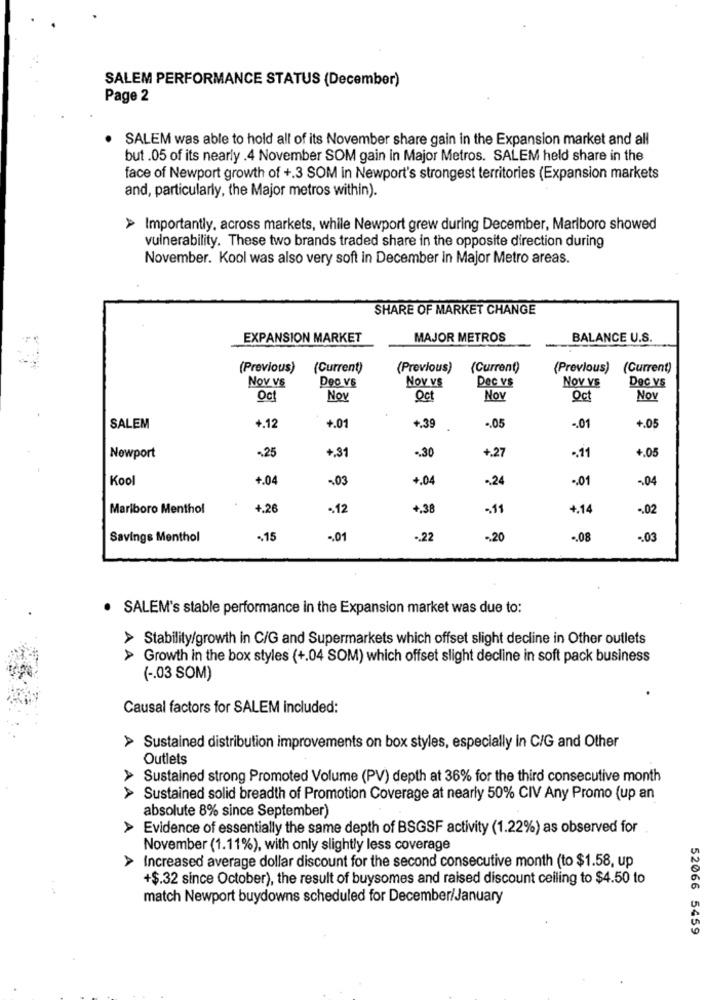
SALEM PERFORMANCE STATUS (December)
Page 2
SALEM was able to hold all of its November share gain in the Expansion market and all
but .05 of its nearly . 4 November SOM gain in Major Metros. SALEM held share in the
face of Newport growth of +.3 SOM in Newport's strongest territories (Expansion markets
and, particularly, the Major metros within).
Importantly, across markets, while Newport grew during December, Marlboro showed
vulnerability. These two brands traded share in the opposite direction during
November. Kool was also very soft in December in Major Metro areas.
SHARE OF MARKET CHANGE
EXPANSION MARKET
MAJOR METROS
BALANCE U.S.
(Previous)
(Current)
(Previous)
(Current)
(Previous)
(Current)
Nov V&
Deo ve
Dec vs
Nov VE
Dec vs
Nov vs
Oct
Now
Oc
Nov
Oct
Nov
+.05
SALEM
+.12
+.01
+.39
.. 05
-. 01
-25
.. 30
.. 11
+.05
Newport
+.31
+.27
Kool
+.04
-03
+.04
-24
-. 01
-04
Marlboro Menthol
4.26
-. 12
+.38
-11
4.14
-. 02
Savings Menthol
.. 15
-. 01
.. 22
-20
.. 08
.. 03
SALEM's stable performance in the Expansion market was due to:
> Stability/growth in C/G and Supermarkets which offset slight decline in Other outlets
> Growth in the box styles (+.04 SOM) which offset slight decline in soft pack business
( -. 03 SOM)
Causal factors for SALEM included:
> Sustained distribution improvements on box styles, especially in C/G and Other
Outlets
Sustained strong Promoted Volume (PV) depth at 36% for the third consecutive month
> Sustained solid breadth of Promotion Coverage at nearly 50% CIV Any Promo (up an
absolute 8% since September)
Evidence of essentially the same depth of BSGSF activity (1.22%) as observed for
A
November (1.11%), with only slightly less coverage
> Increased average dollar discount for the second consecutive month (to $1.58, up
+$.32 since October), the result of buysomes and raised discount ceiling to $4.50 to
match Newport buydowns scheduled for December/January
52066 5459